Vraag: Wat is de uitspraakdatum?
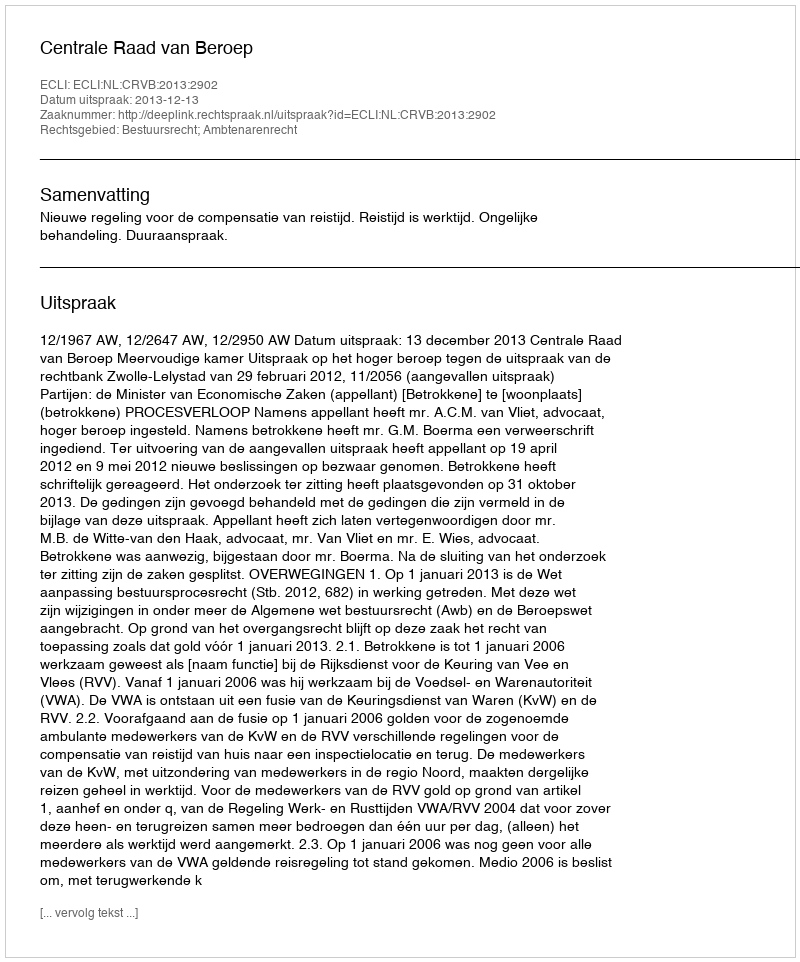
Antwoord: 2013-12-13